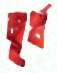
মূর্খ